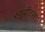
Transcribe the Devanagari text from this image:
स्यूयीट्स